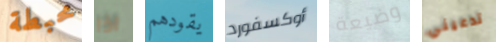
محبطة اذا يقودهم أوكسفورد وضيعة تدعيني